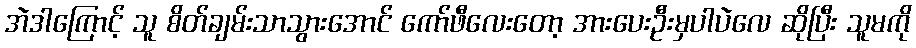
အဲဒါကြောင့် သူ စိတ်ချမ်းသာသွားအောင် ကော်ဖီလေးတော့ အားပေးဦးမှပါပဲလေ ဆိုပြီး သူမကို